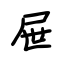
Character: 屉